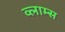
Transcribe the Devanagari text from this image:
व्लाम्स